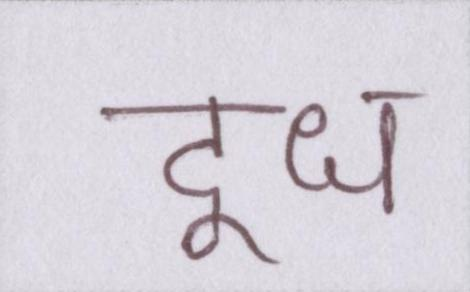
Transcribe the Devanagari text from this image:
दूध